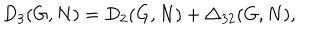
LaTeX: D _ { 3 } ( G , N ) = D _ { 2 } ( G , N ) + \triangle _ { 3 2 } ( G , N ) ,